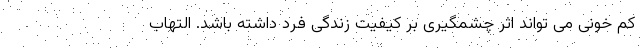
کم خونی می تواند اثر چشمگیری بر کیفیت زندگی فرد داشته باشد. التهاب